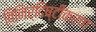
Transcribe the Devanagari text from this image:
विनिर्दिष्टीकरण